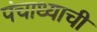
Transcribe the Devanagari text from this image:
पंचाध्याची